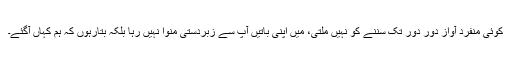
کوئی منفرد آواز دُور دُور تک سننے کو نہیں ملتی، میں اپنی باتیں آپ سے زبردستی منوا نہیں رہا بلکہ بتارہوں کہ ہم کہاں آگئے۔